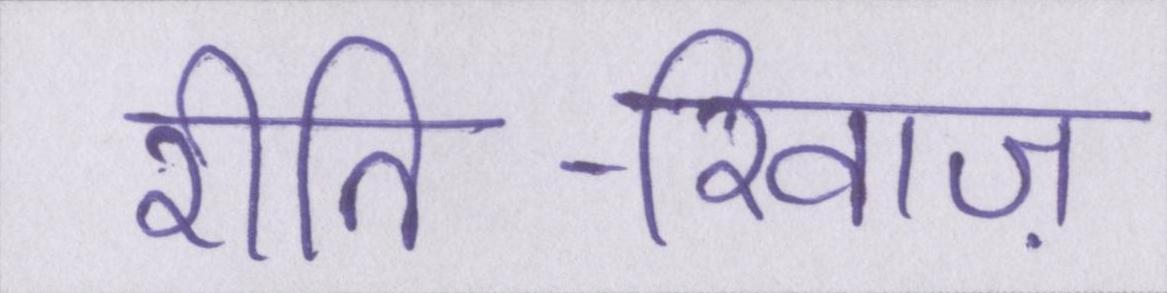
रीति-रिवाज़